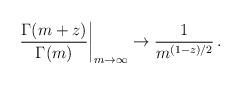
LaTeX: \begin{align*}\left.\frac{\Gamma(m+z)}{\Gamma(m)}\right|_{m\to\infty}\to\frac{1}{m^{(1-z)/2}}\,{.}\end{align*}